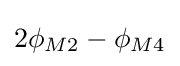
2\phi _{M2}-\phi _{M4}